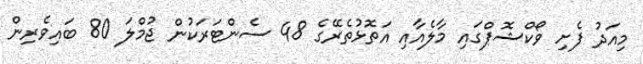
މިއަދު ފެށި ވޯކްޝޮޕްގައި މާލެއާއި އަތޮޅުތެރޭގެ 48 ސެންޓަރަކުން ޖުމްލަ 80 ބައިވެރިން